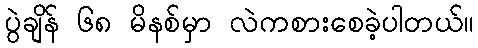
ပွဲချိန် ၆၈ မိနစ်မှာ လဲကစားစေခဲ့ပါတယ်။